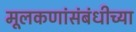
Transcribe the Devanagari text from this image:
मूलकणांसंबंधीच्या